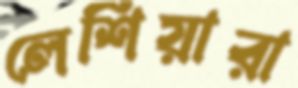
লেশিয়ারা